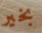
بخير